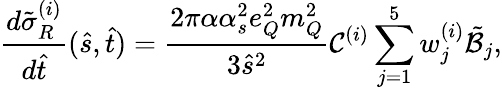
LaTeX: \frac{d\tilde{\sigma}_{R}^{(i)}}{d\hat{t}}(\hat{s},\hat{t})=\frac{2\pi\alpha\alpha_{s}^{2}e_{Q}^{2}m_{Q}^{2}}{3\hat{s}^{2}}{\cal C}^{(i)}\sum_{j=1}^{5}w_{j}^{(i)}\tilde{{\cal B}}_{j},